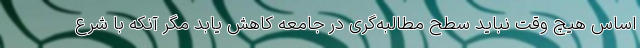
اساس هیچ وقت نباید سطح مطالبه‌گری در جامعه کاهش یابد مگر آنکه با شرع